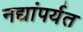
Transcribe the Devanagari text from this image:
नद्यांपर्यत